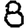
Digit: 8